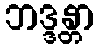
ဘဒ္ဒန္တာ